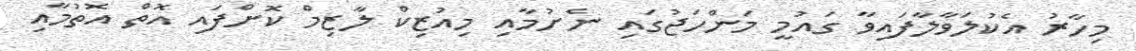
މިހާރު އެކުލަވާލާފައިވާ ގައުމީ މަންހަޖުގައި ނެށުމާއި މިއުޒިކް ލާޒިމް ކޮށްފައި އޮތް އޮތުމާއި